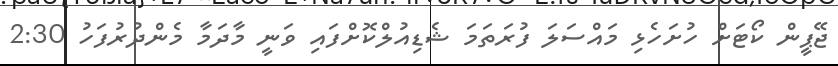
ޖޭޕީން ކޯޓަށް ހުށަހެޅި މައްސަލަ ފުރަތަމަ ޝެޑިއުލްކޮށްފައި ވަނީ މާދަމާ މެންދުރުފަހު 2:30